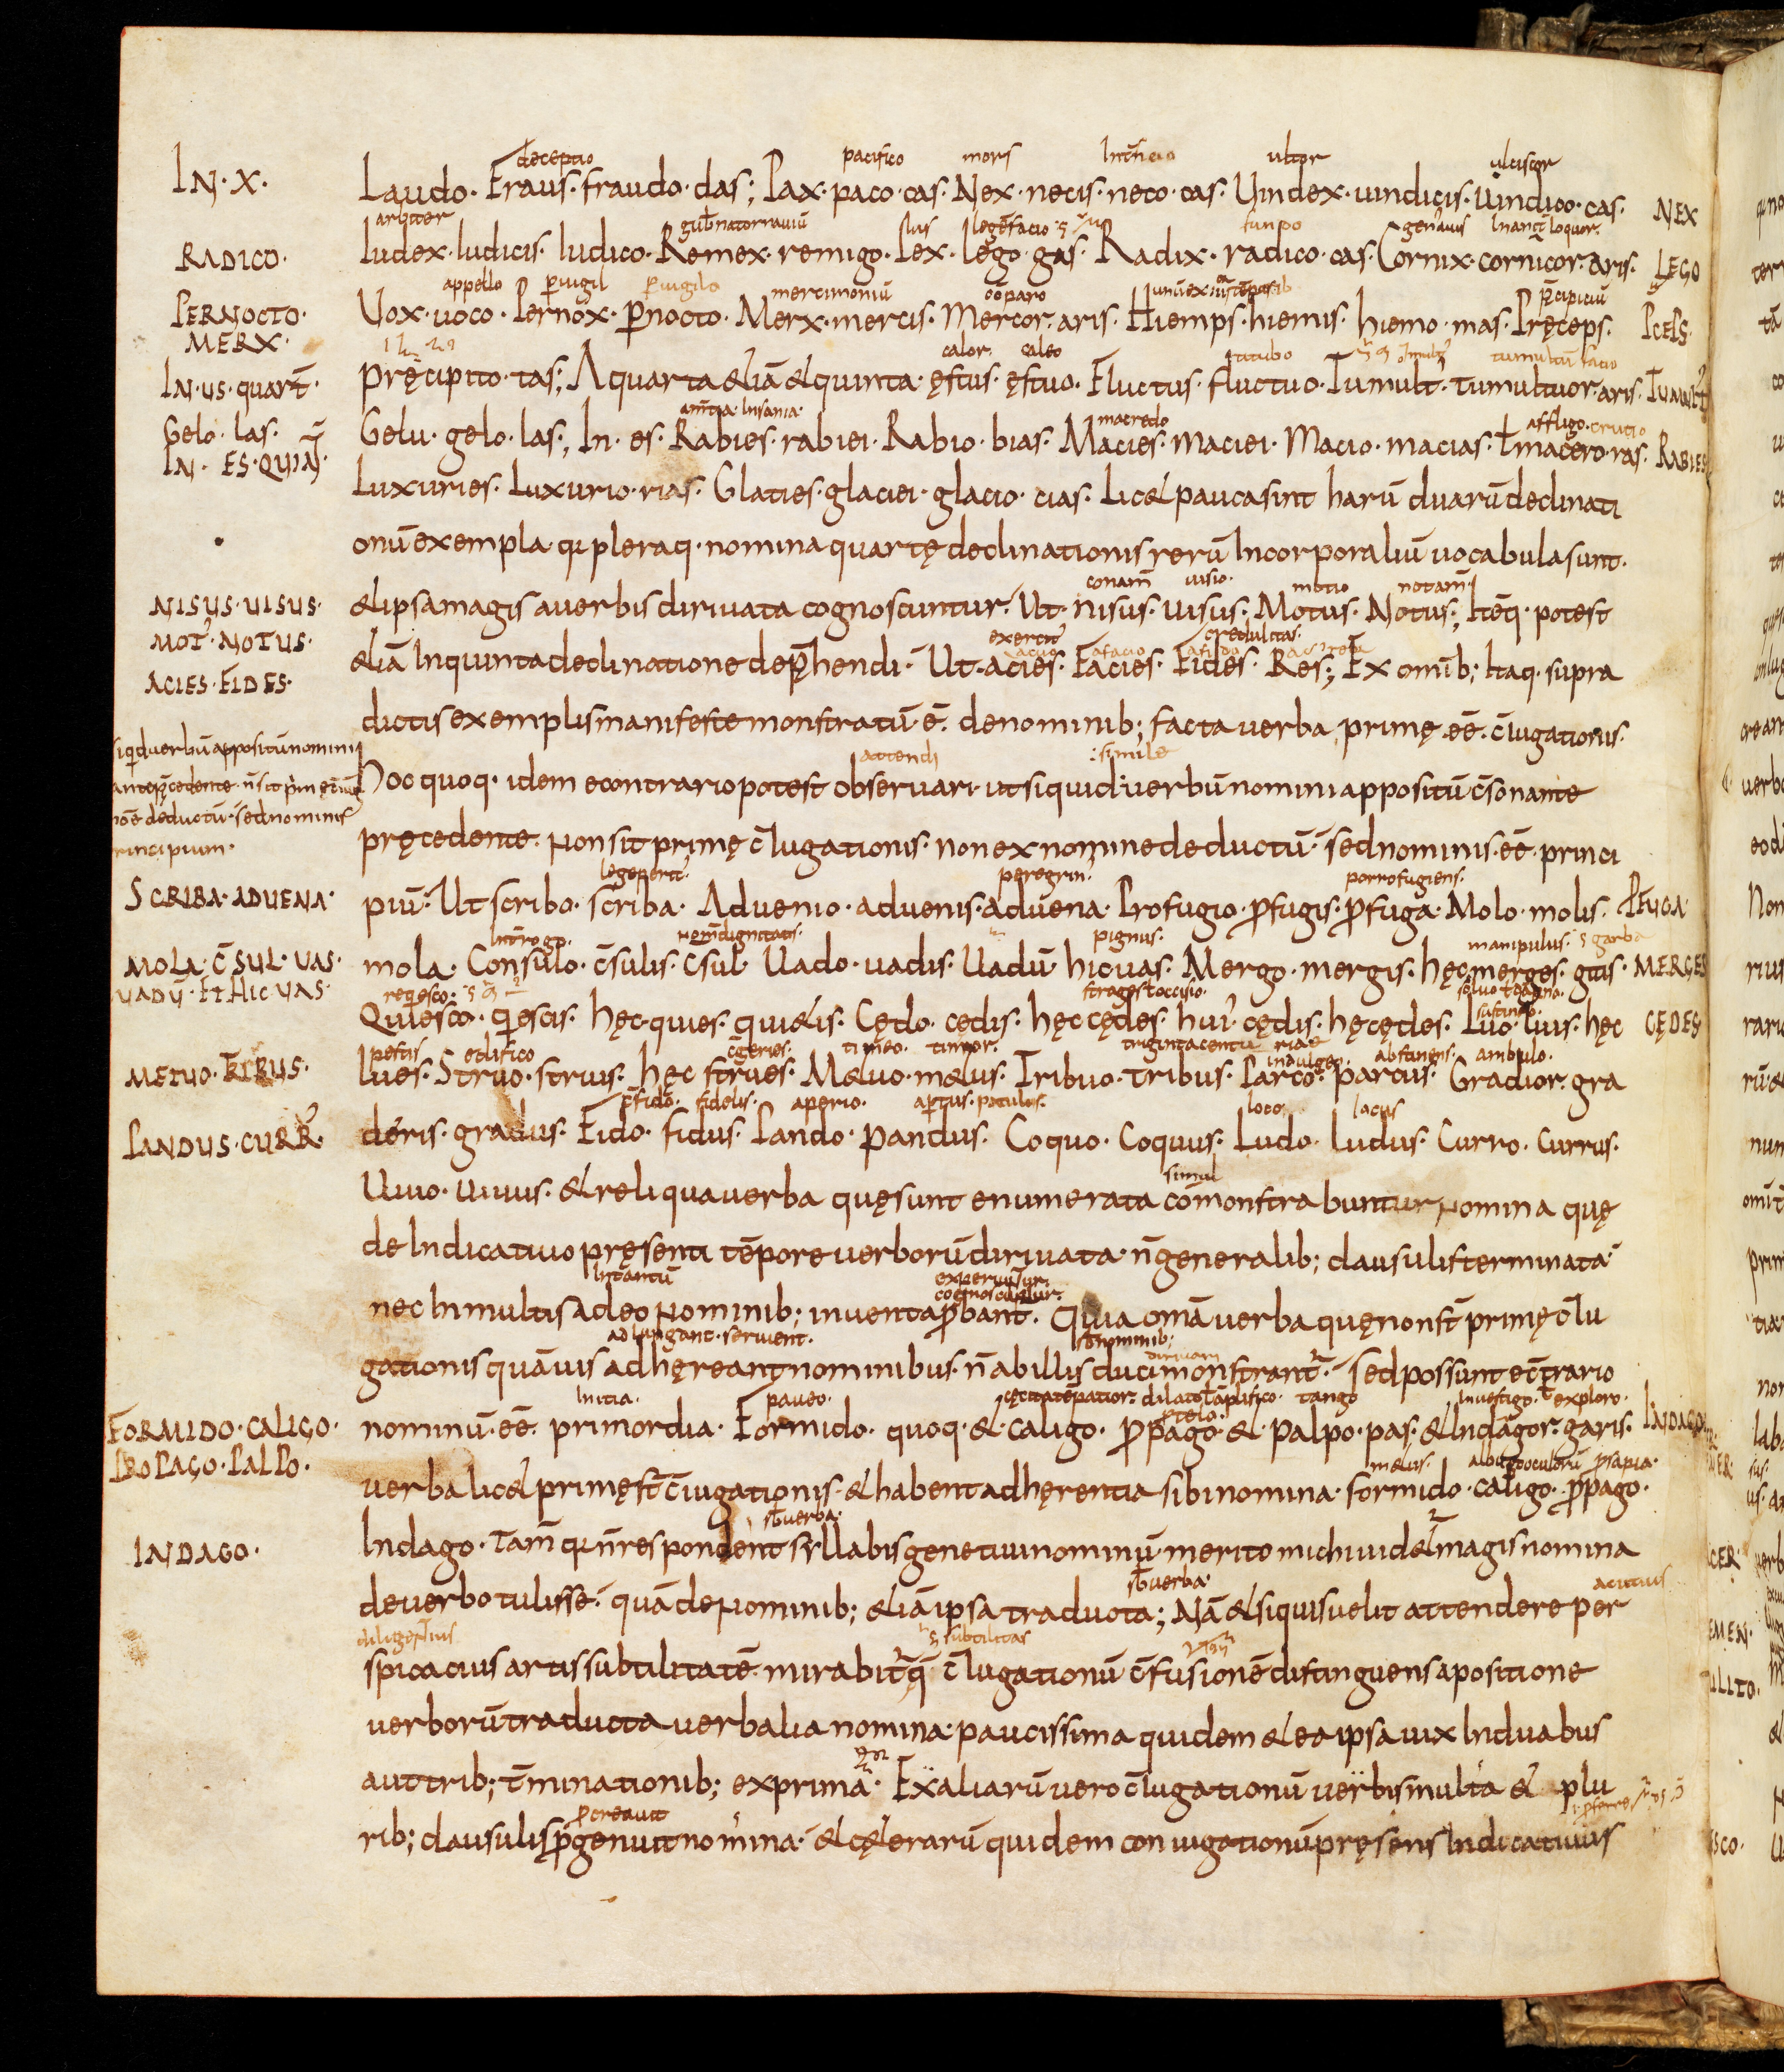
Shelfmark: Bamberg, Staatsbibliothek, MS Class. 30
Century: 9